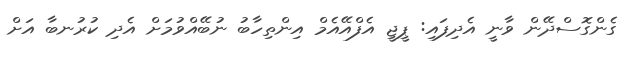
ގެންގޮސްދޭން ވާނީ އެދިފައި: ޕީޖީ އެފްއޭއެމް އިންތިހާބު ނުބޭއްވުމަށް އެދި ކުރުނބާ އަށް